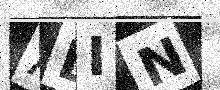
Text: ADIN